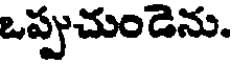
ఒప్పుచుండెను.